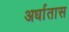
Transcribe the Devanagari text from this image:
अर्धातास